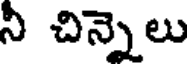
ని చిన్నెలు